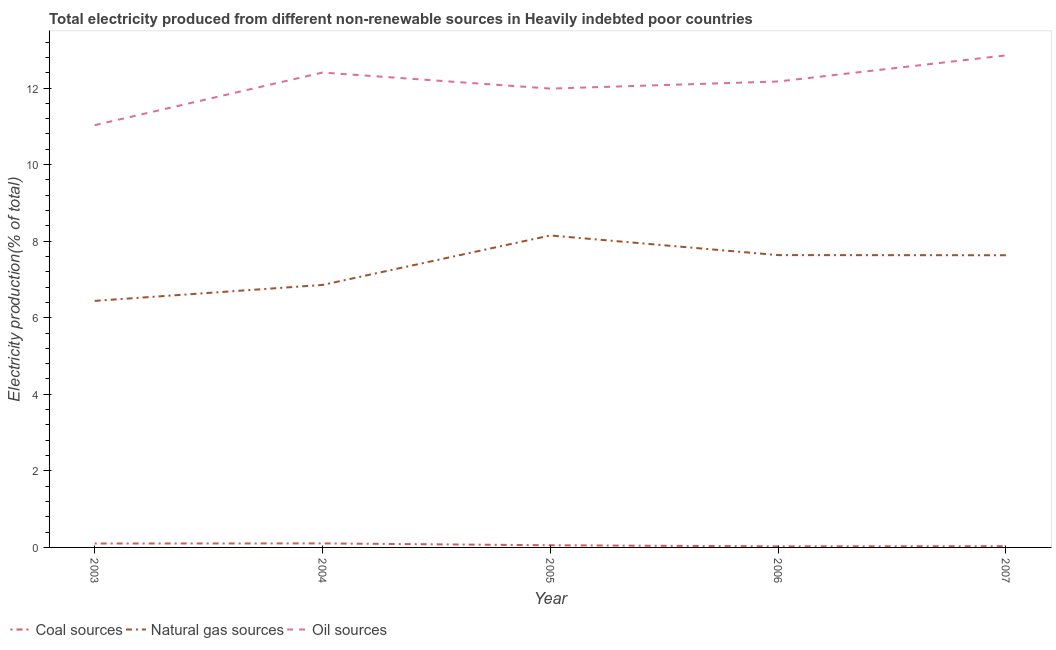
| Year | Coal sources | Natural gas sources | Oil sources |
 | --- | --- | --- | --- |
 | 2003 | 0.103 | 6.44 | 11 |
 | 2004 | 0.105 | 6.86 | 12.4 |
 | 2005 | 0.0565 | 8.15 | 12 |
 | 2006 | 0.028 | 7.64 | 12.2 |
 | 2007 | 0.0323 | 7.63 | 12.9 |